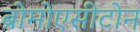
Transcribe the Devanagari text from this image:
ब्रोमोएसीटोन